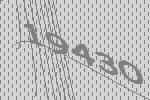
19430